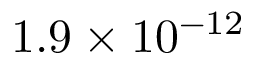
1 . 9 \times 1 0 ^ { - 1 2 }